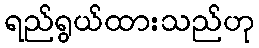
ရည်ရွယ်ထားသည်ဟု